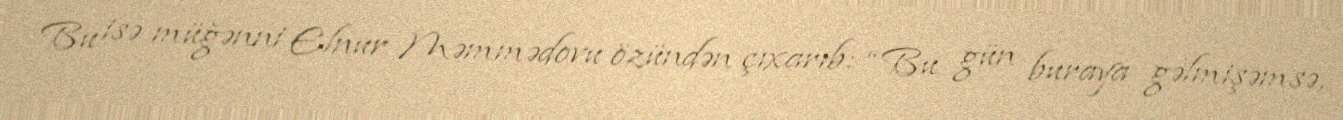
Bu isə müğənni Elnur Məmmədovu özündən çıxarıb: “Bu gün buraya gəlmişəmsə,